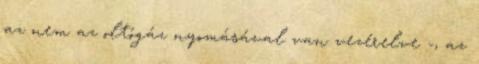
az nem az oltógáz nyomásával van vezérelve -, az